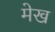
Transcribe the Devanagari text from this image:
मेख